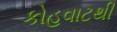
કોહવાટથી